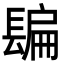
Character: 𨲜